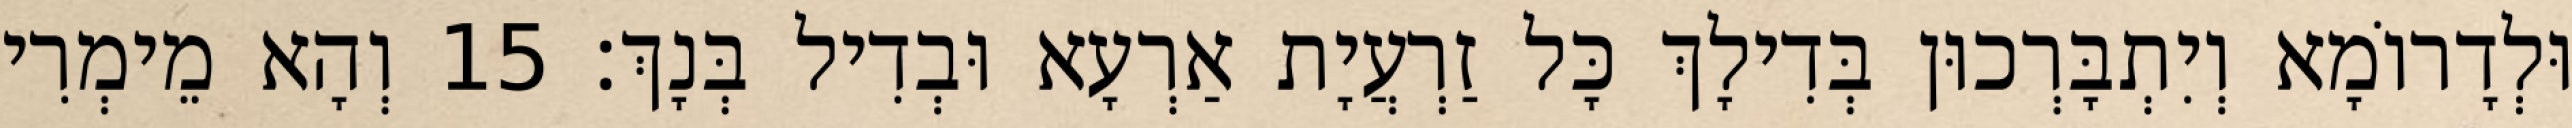
וּלְדָרוֹמָא וְיִתְבָּרְכוּן בְּדִילָךְ כָּל זַרְעֲיָת אַרְעָא וּבְדִיל בְּנָךְ׃ 15 וְהָא מֵימְרִי